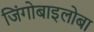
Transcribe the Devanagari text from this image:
जिंगोबाइलोबा